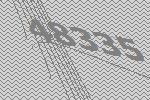
48335